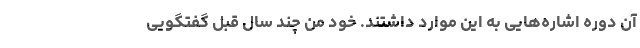
آن دوره اشاره‌هایی به این موارد داشتند. خود من چند سال قبل گفتگویی